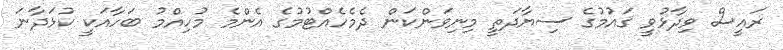
ރައީސް ވިދާޅުވީ ޤައުމުގެ ސިޔާދަތީ މިނިވަންކަން ދެމެހެއްޓުމުގެ އެންމެ މުހިއްމު ބަހާއަކީ ކުޅަދާނަ